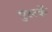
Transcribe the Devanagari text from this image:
पुस्त्कें